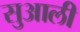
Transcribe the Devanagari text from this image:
सुआली